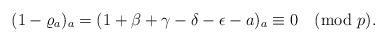
LaTeX: \begin{align*}(1-\varrho_a)_a=(1+\beta+\gamma-\delta-\epsilon-a)_a\equiv0\pmod{p}.\end{align*}